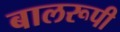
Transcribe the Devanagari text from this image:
बालरूपी